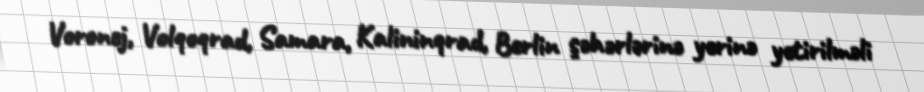
Voronej, Volqoqrad, Samara, Kalininqrad, Berlin şəhərlərinə yerinə yetirilməli